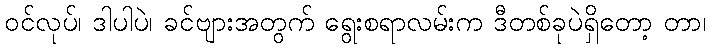
ဝင်လုပ်၊ ဒါပါပဲ၊ ခင်ဗျားအတွက် ရွေးစရာလမ်းက ဒီတစ်ခုပဲရှိတော့ တာ၊